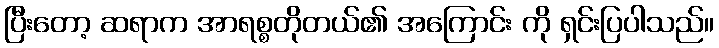
ပြီးတော့ ဆရာက အာရစ္စတိုတယ်၏ အကြောင်း ကို ရှင်းပြပါသည်။